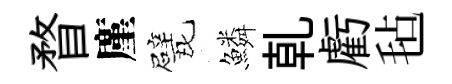
瞀廑戏鱗乹虧毡